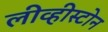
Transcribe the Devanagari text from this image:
लीव्हीस्टोन